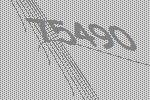
75490